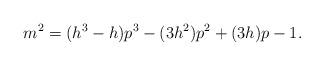
LaTeX: \begin{align*}m^2=(h^3-h)p^3-(3h^2)p^2+(3h)p-1.\end{align*}